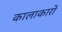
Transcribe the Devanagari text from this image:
कालाकारों